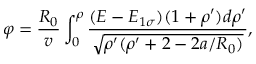
\varphi = \frac { R _ { 0 } } { v } \int _ { 0 } ^ { \rho } \frac { ( E - E _ { 1 \sigma } ) ( 1 + \rho ^ { \prime } ) d \rho ^ { \prime } } { \sqrt { \rho ^ { \prime } ( \rho ^ { \prime } + 2 - 2 a / R _ { 0 } ) } } ,